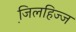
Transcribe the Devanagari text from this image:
जि़लहिज्ज